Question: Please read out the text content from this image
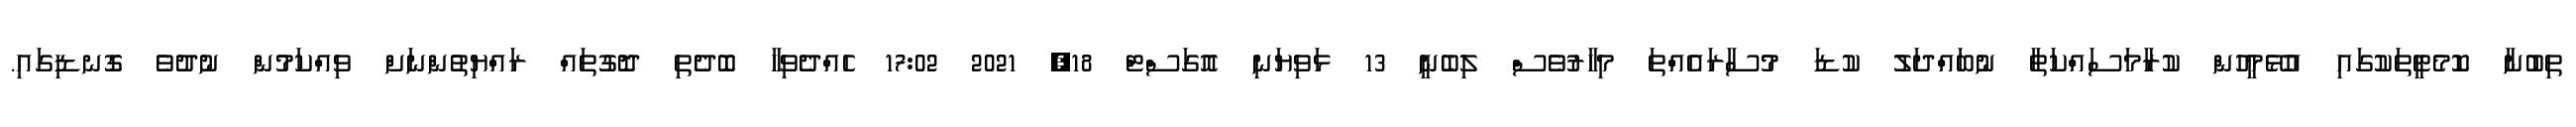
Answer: ތިބުނާ ކޮމެޓީތަކުގައި އުޅޭމީހުން ކުރާމަސައްކަތާ ނުބައްދަލު ކުޑަ މުސާރައެއްތަ މިހާރުވެސް ލިބެނީ 13 ޅަވިޔަނި އޮގަސްޓް 18, 2021 17:02 ހެއްދެވިހާ ބޮދެތި ދޮގުތައް ރައްޔިތުންނަށް ވިއްކަމުން ނުދުވެ ގޮނޑިގައި.